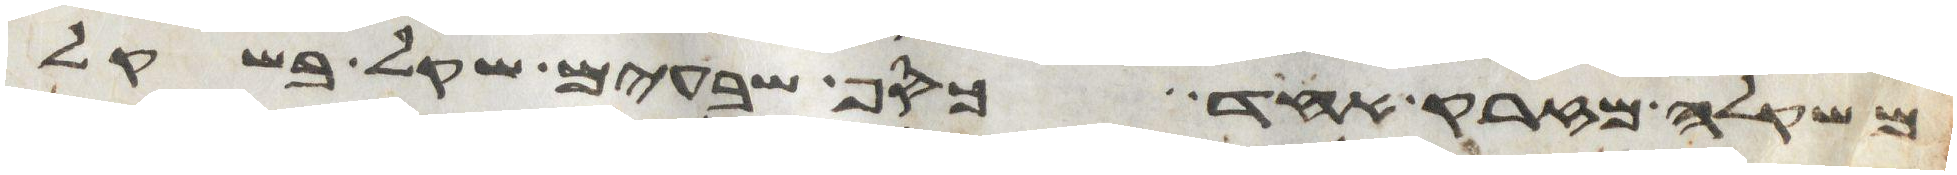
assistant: משקלה מזרק אחד כסף שבעים שקל בשקל